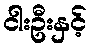
ငါးဦးနှင့်